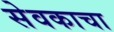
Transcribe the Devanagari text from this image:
सेवकाचा